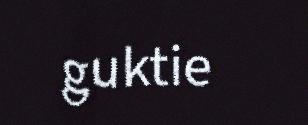
guktie